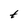
Character: t